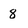
Character: 8